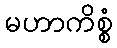
မဟာကိစ္စံ